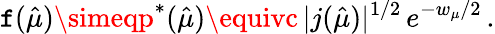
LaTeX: \mathtt{f}(\hat{{\mu}})\simeqp^{\ast}(\hat{{\mu}})\equivc\, |j(\hat{{\mu}})|^{1/2}\, e^{-w_{\mu}/2}\, .